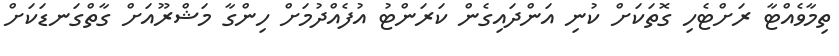
ތިމާވެއްޓާ ރަށްޓެހި ގޮތަކަށް ކުނި އަންދައިގެން ކަރަންޓު އުފެއްދުމަށް ހިންގާ މަޝްރޫއަށް ގާތްގަނޑަކަށް